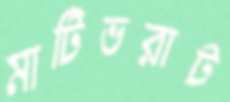
মাটিভরাট